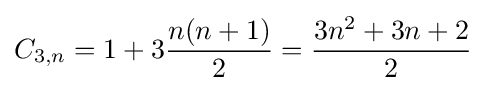
C_{3,n}=1+3{\frac {n(n+1)}{2}}={\frac {3n^{2}+3n+2}{2}}